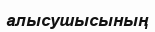
алысушысының